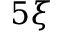
5 \xi